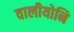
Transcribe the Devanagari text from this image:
वालीयोनि